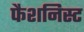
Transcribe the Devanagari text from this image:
फैशनिस्ट